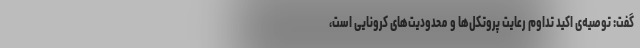
گفت: توصیه‌ی اکید تداوم رعایت پروتکل‌ها و محدودیت‌های کرونایی است،